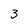
Character: 3